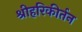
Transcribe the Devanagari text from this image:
श्रीहरिकीर्तन